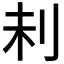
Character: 𠛐